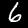
Digit: 6